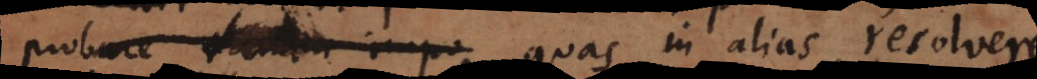
probare tamen impo quas in alias resolvere